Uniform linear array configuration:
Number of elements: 4
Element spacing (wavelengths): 0.75
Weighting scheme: binomial
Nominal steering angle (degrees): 45
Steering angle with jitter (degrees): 44.482
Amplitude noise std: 0.05
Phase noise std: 0.05

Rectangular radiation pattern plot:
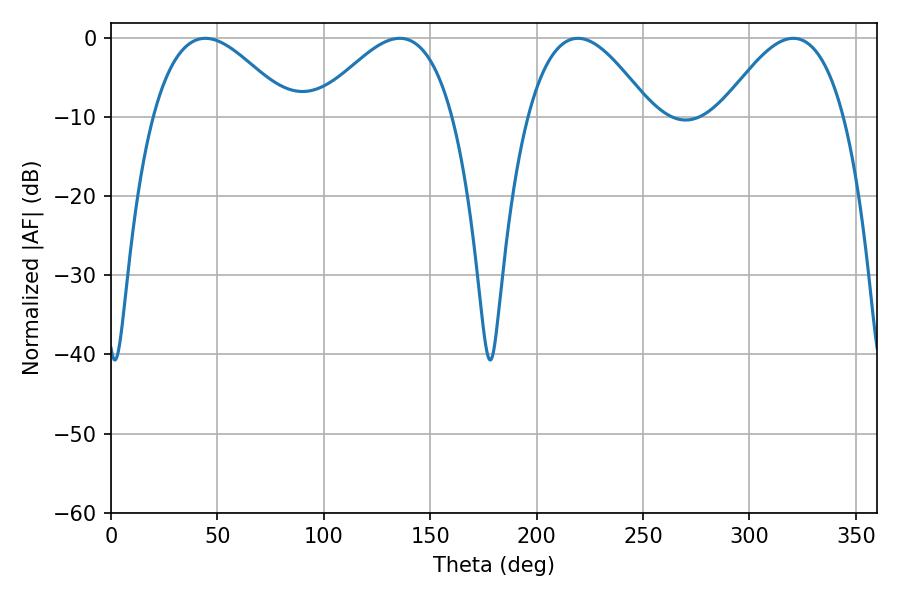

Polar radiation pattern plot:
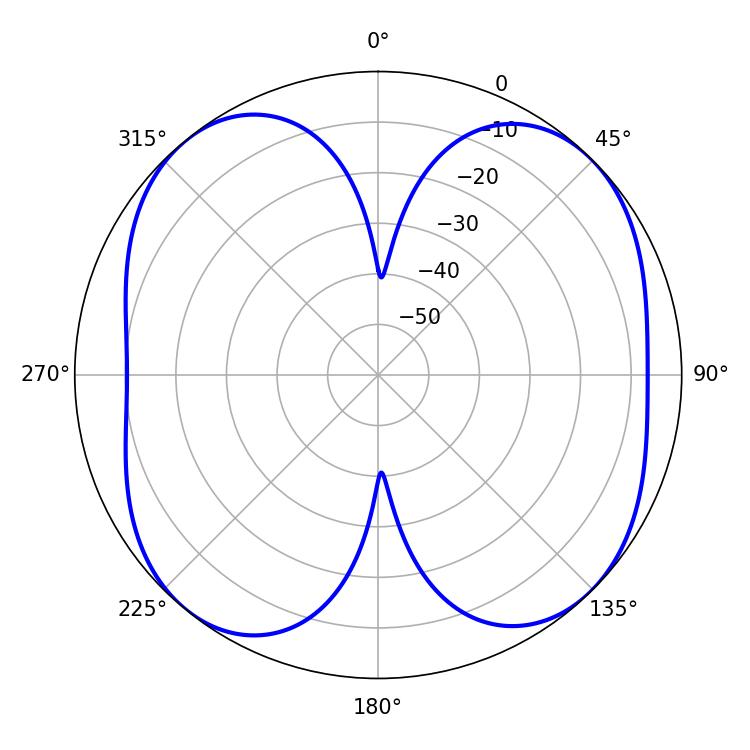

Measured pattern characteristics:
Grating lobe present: TRUE
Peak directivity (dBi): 10.604
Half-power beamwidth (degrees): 31.5
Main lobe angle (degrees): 219.42